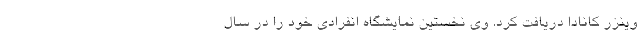
وینزر کانادا دریافت کرد. وی نخستین نمایشگاه انفرادی خود را در سال